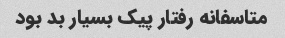
متاسفانه رفتار پیک بسیار بد بود